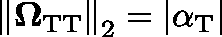
\left\Vert \mathbf { \Omega } _ { \mathrm { T T } } \right\Vert _ { 2 } = | \alpha _ { \mathrm { T } } |